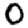
Digit: 0